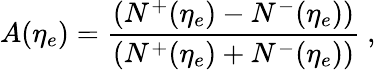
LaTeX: A(\eta_{e})=\frac{\left(N^{+}(\eta_{e})-N^{-}(\eta_{e})\right)}{\left(N^{+}(\eta_{e})+N^{-}(\eta_{e})\right)}\ ,